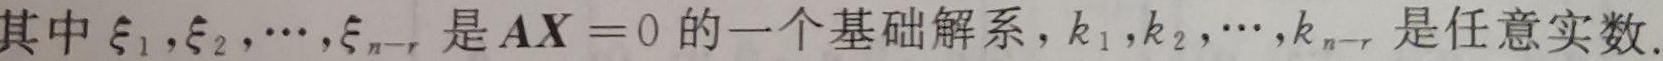
其中 $\xi_1,\xi_2,\cdots,\xi_{n - r}$ 是 $\boldsymbol{AX}=0$ 的一个基础解系，$k_1,k_2,\cdots,k_{n - r}$ 是任意实数.